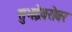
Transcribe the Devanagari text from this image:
सुभद्रेबरोबर